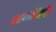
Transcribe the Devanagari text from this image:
रहमदिली